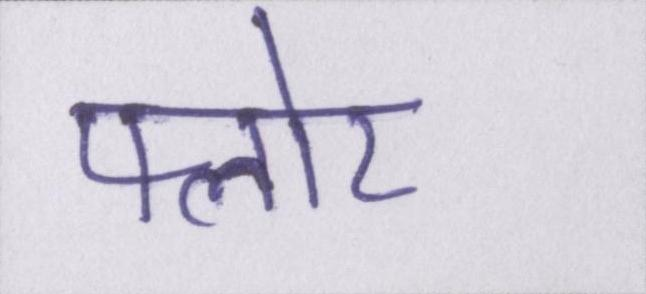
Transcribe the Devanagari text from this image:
फ्लोर